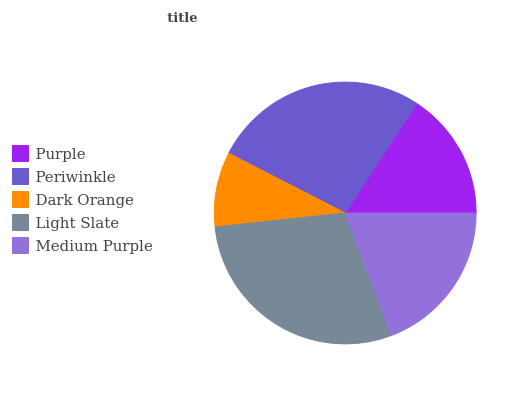
| Purple | Periwinkle | Dark Orange | Light Slate | Medium Purple |
 | --- | --- | --- | --- | --- |
 | 15.8% | 26.7% | 9.25% | 29% | 19.3% |